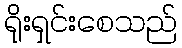
ရိုးရှင်းစေသည်